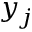
y _ { j }